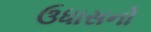
ઉધાસનો